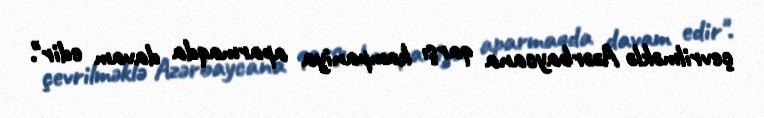
çevrilməklə Azərbaycana qarşı kampaniya aparmaqda davam edir".